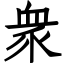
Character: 衆